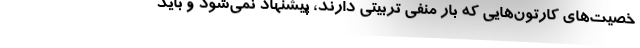
خصیت‌های کارتون‌هایی که بار منفی تربیتی دارند، پیشنهاد نمی‌شود و باید